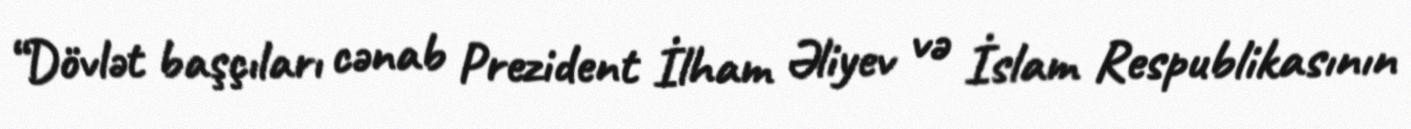
“Dövlət başçıları cənab Prezident İlham Əliyev və İslam Respublikasının